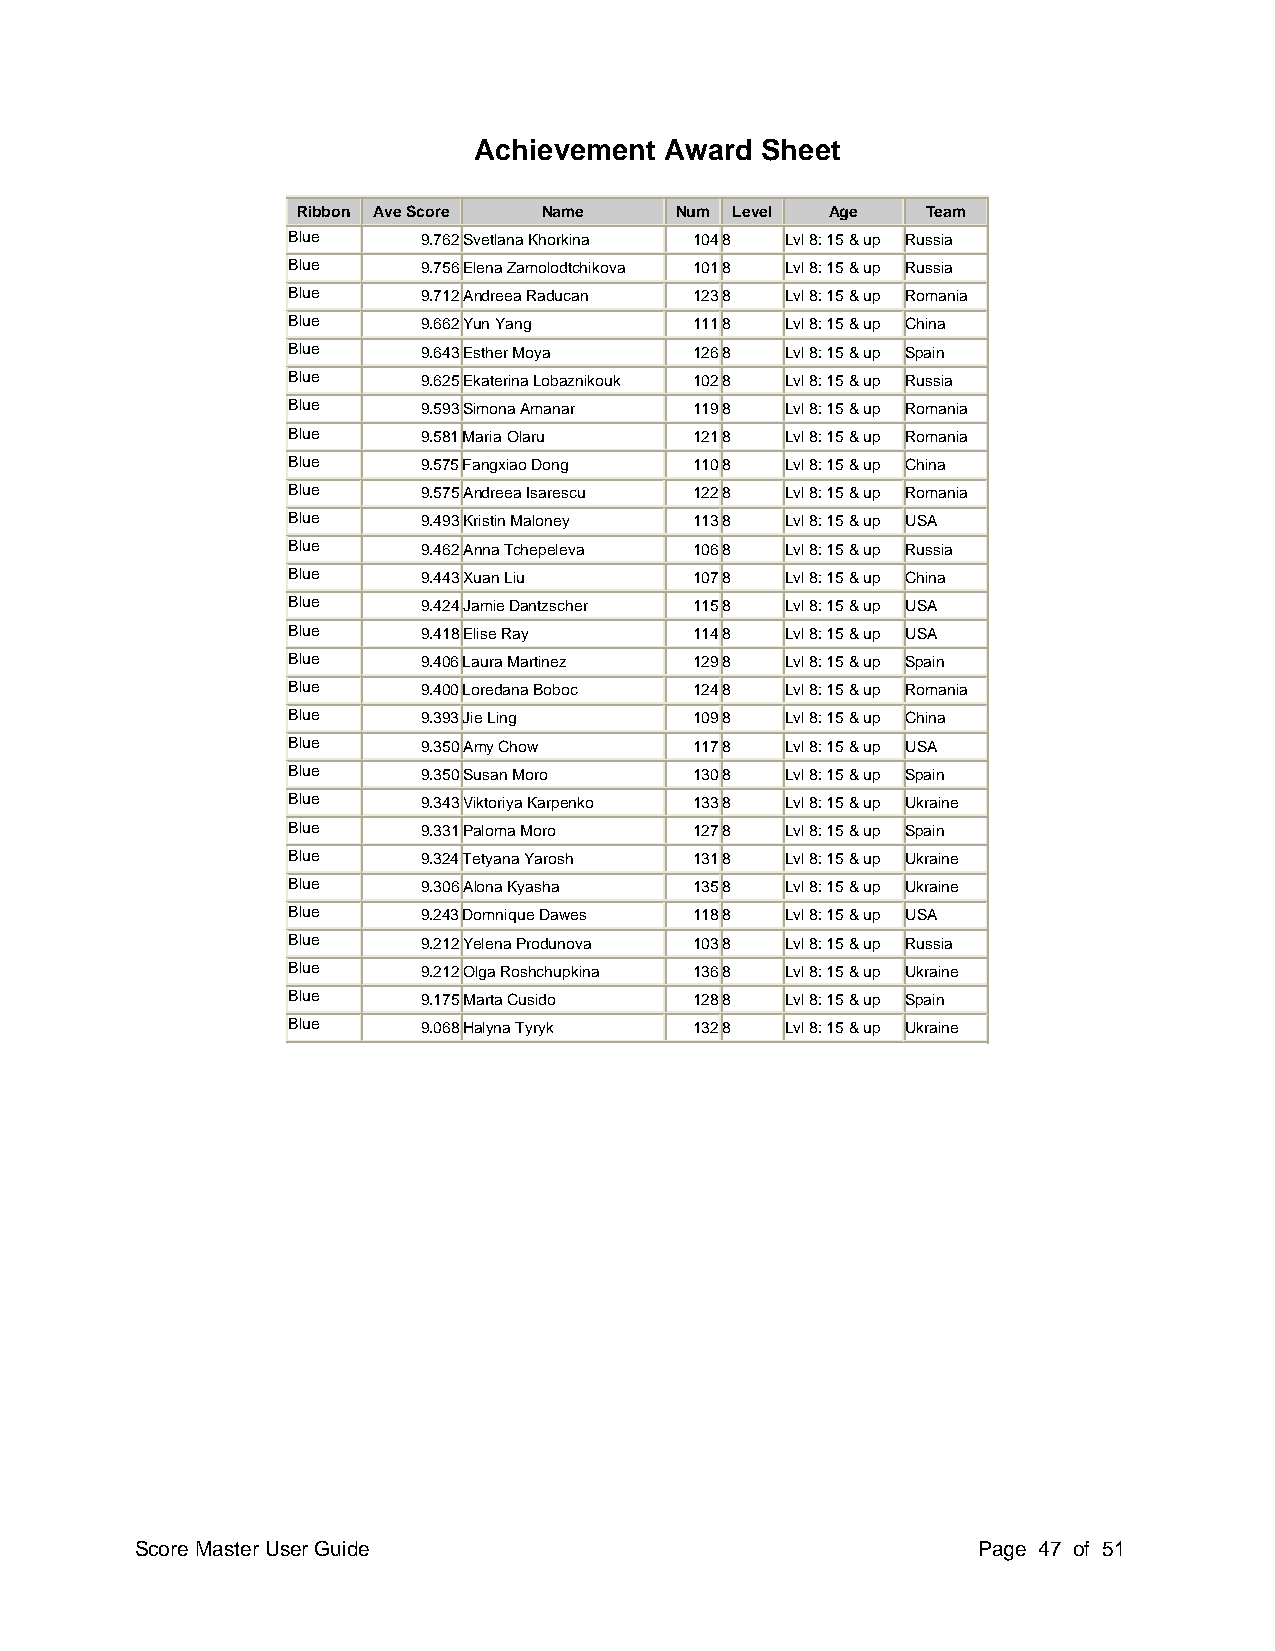
Achievement  Award Sheet
 Ribbon Ave Score Name    Num Level Age   Team
 Blue     9.762 Svetlana Khorkina 104 8 Lvl 8: 15 & up Russia
 Blue     9.756 Elena Zamolodtchikova 101 8 Lvl 8: 15 & up Russia
 Blue     9.712 Andreea Raducan 123 8 Lvl 8: 15 & up Romania
 Blue     9.662 Yun Yang    111 8 Lvl 8: 15 & up China
 Blue     9.643 Esther Moya 126 8 Lvl 8: 15 & up Spain
 Blue     9.625 Ekaterina Lobaznikouk 102 8 Lvl 8: 15 & up Russia
 Blue     9.593 Simona Amanar 119 8 Lvl 8: 15 & up Romania
 Blue     9.581 Maria Olaru 121 8 Lvl 8: 15 & up Romania
 Blue     9.575 Fangxiao Dong 110 8 Lvl 8: 15 & up China
 Blue     9.575 Andreea Isarescu 122 8 Lvl 8: 15 & up Romania
 Blue     9.493 Kristin Maloney 113 8 Lvl 8: 15 & up USA
 Blue     9.462 Anna Tchepeleva 106 8 Lvl 8: 15 & up Russia
 Blue     9.443 Xuan Liu    107 8 Lvl 8: 15 & up China
 Blue     9.424 Jamie Dantzscher 115 8 Lvl 8: 15 & up USA
 Blue     9.418Elise Ray    114 8 Lvl 8: 15 & up USA
 Blue     9.406 Laura Martinez 129 8 Lvl 8: 15 & up Spain
 Blue     9.400 Loredana Boboc 124 8 Lvl 8: 15 & up Romania
 Blue     9.393 Jie Ling    109 8 Lvl 8: 15 & up China
 Blue     9.350 Amy Chow    117 8 Lvl 8: 15 & up USA
 Blue     9.350 Susan Moro  130 8 Lvl 8: 15 & up Spain
 Blue     9.343 Viktoriya Karpenko 133 8 Lvl 8: 15 & up Ukraine
 Blue     9.331 Paloma Moro 127 8 Lvl 8: 15 & up Spain
 Blue     9.324 Tetyana Yarosh 131 8 Lvl 8: 15 & up Ukraine
 Blue     9.306 Alona Kyasha 135 8 Lvl 8: 15 & up Ukraine
 Blue     9.243 Domnique Dawes 118 8 Lvl 8: 15 & up USA
 Blue     9.212 Yelena Produnova 103 8 Lvl 8: 15 & up Russia
 Blue     9.212 Olga Roshchupkina 136 8 Lvl 8: 15 & up Ukraine
 Blue     9.175 Marta Cusido 128 8 Lvl 8: 15 & up Spain
 Blue     9.068 Halyna Tyryk 132 8 Lvl 8: 15 & up Ukraine
 Score Master User Guide                                 Page 47 of 51